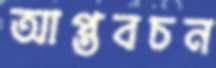
আপ্তবচন